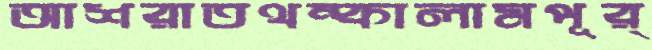
আশরাতথম্‌কালামপূর্